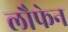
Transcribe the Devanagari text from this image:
लौफेन